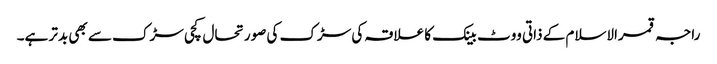
راجہ قمرالاسلام کے ذاتی ووٹ بینک کا علاقہ کی سڑک کی صورتحال کچی سڑک سے بھی بدتر ہے۔